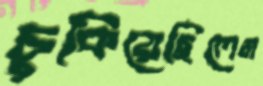
চুকিয়েছিলেম